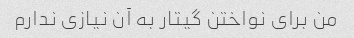
من برای نواختن گیتار به آن نیازی ندارم